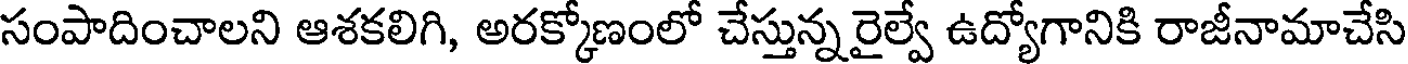
సంపాదించాలని ఆశకలిగి, అరక్కోణంలో చేస్తున్న రైల్వే ఉద్యోగానికి రాజీనామాచేసి